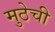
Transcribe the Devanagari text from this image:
मुठेची